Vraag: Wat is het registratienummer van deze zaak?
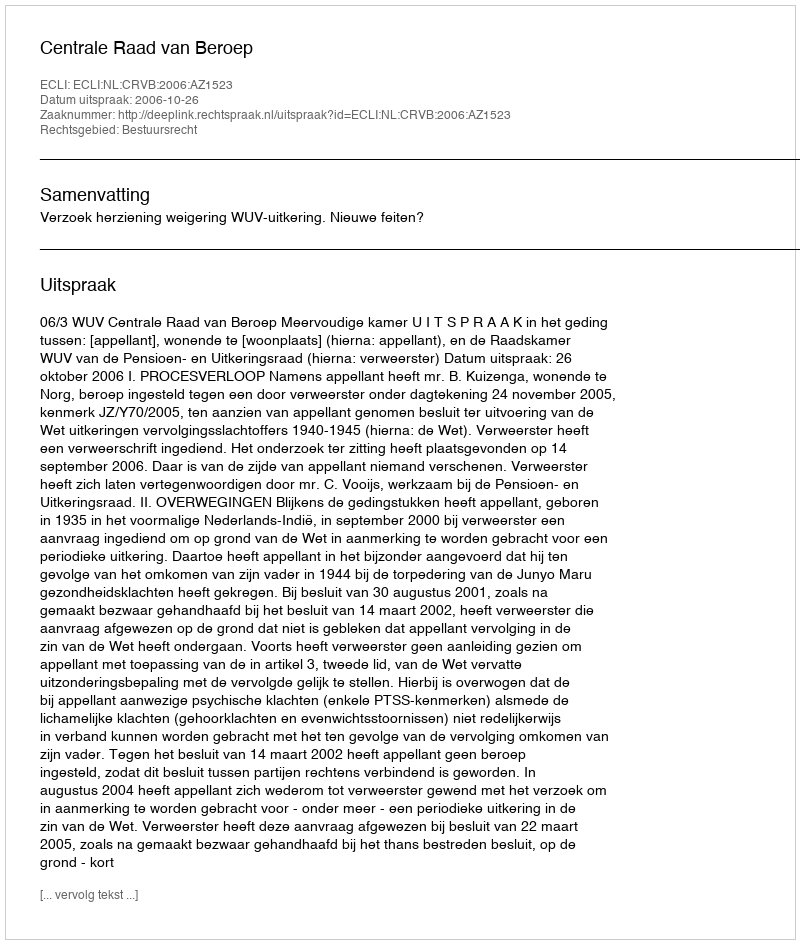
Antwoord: http://deeplink.rechtspraak.nl/uitspraak?id=ECLI:NL:CRVB:2006:AZ1523